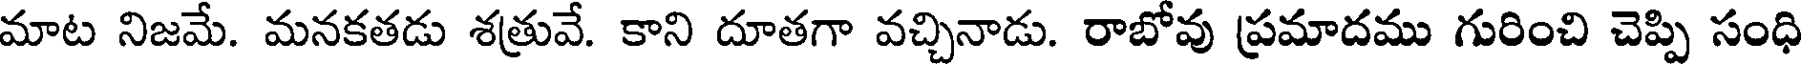
మాట నిజమే. మనకతడు శత్రువే. కాని దూతగా వచ్చినాడు. రాబోవు ప్రమాదము గురించి చెప్పి సంధి